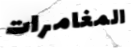
المغامرات